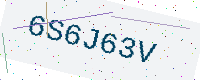
Text: 6S6J63V